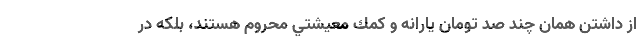
از داشتن همان چند صد تومان يارانه و كمك معيشتي محروم هستند، بلكه در